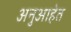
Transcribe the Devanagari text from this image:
अनुआहेत